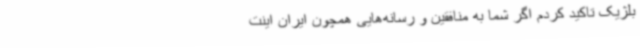
بلژیک تاکید کردم اگر شما به منافقین و رسانه‌هایی همچون ایران اینت